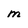
Character: m